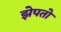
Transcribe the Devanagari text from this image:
झेपतो